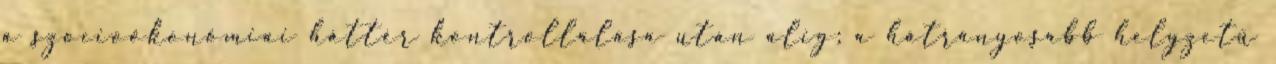
a szocioökonómiai háttér kontrollálása után alig; a hátrányosabb helyzetű